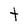
Character: t